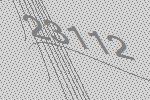
23112